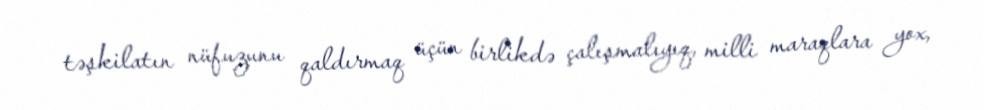
təşkilatın nüfuzunu qaldırmaq üçün birlikdə çalışmalıyıq, milli maraqlara yox,